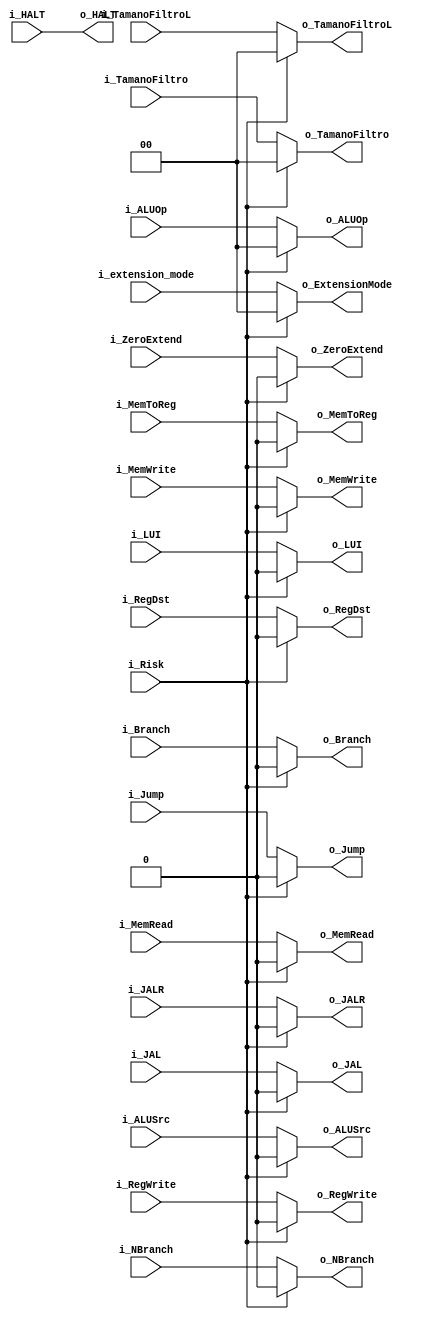
`timescale 1ns / 1ps
module ID_Mux_Unidad_Riesgos
    (
        //Unidad de Riesgos
        input   wire                           i_Risk,
        //Unidad de Control
        input  wire                            i_RegDst,
        input  wire                            i_Jump,
        input  wire                            i_JAL,
        input  wire                            i_Branch,
        input  wire                            i_NBranch,
        input  wire                            i_MemRead,
        input  wire                            i_MemToReg,
        input  wire    [1:0]                   i_ALUOp,
        input  wire                            i_MemWrite,
        input  wire                            i_ALUSrc,
        input  wire                            i_RegWrite,
        input  wire    [1:0]                   i_extension_mode,
        input  wire    [1:0]                   i_TamanoFiltro,
        input  wire    [1:0]                   i_TamanoFiltroL,
        input  wire                            i_ZeroExtend,
        input  wire                            i_LUI,
        input  wire                            i_JALR,
        input  wire                            i_HALT,

        output  wire                            o_RegDst,
        output  wire                            o_Jump,
        output  wire                            o_JAL,
        output  wire                            o_Branch,
        output  wire                            o_NBranch,
        output  wire                            o_MemRead,
        output  wire                            o_MemToReg,
        output  wire    [1:0]                   o_ALUOp,
        output  wire                            o_MemWrite,
        output  wire                            o_ALUSrc ,
        output  wire                            o_RegWrite,
        output  wire    [1:0]                   o_ExtensionMode,
        output  wire    [1:0]                   o_TamanoFiltro,
        output  wire    [1:0]                   o_TamanoFiltroL,
        output  wire                            o_ZeroExtend,
        output  wire                            o_LUI,
        output  wire                            o_JALR,
        output  wire                            o_HALT
    );

        reg                            Reg_RegDst;
        reg                            Reg_Jump;
        reg                            Reg_JAL;
        reg                            Reg_Branch;
        reg                            Reg_NBranch;
        reg                            Reg_MemRead;
        reg                            Reg_MemToReg;
        reg    [1:0]                   Reg_ALUOp;
        reg                            Reg_MemWrite;
        reg                            Reg_ALUSrc;
        reg                            Reg_RegWrite;
        reg    [1:0]                   Reg_ExtensionMode;
        reg    [1:0]                   Reg_TamanoFiltro;
        reg    [1:0]                   Reg_TamanoFiltroL;
        reg                            Reg_ZeroExtend;
        reg                            Reg_LUI;
        reg                            Reg_JALR;


        always @(*)
        begin
            if(i_Risk)
                begin
                    Reg_RegDst            <=      1'b0    ;
                    Reg_Jump              <=      1'b0    ;
                    Reg_JAL               <=      1'b0    ;
                    Reg_Branch            <=      1'b0    ;
                    Reg_NBranch           <=      1'b0    ;
                    Reg_MemRead           <=      1'b0    ;
                    Reg_MemToReg          <=      1'b0    ;
                    Reg_ALUOp             <=      1'b0    ;
                    Reg_MemWrite          <=      1'b0    ;
                    Reg_ALUSrc            <=      1'b0    ;
                    Reg_RegWrite          <=      1'b0    ;
                    Reg_ExtensionMode     <=      1'b0    ;
                    Reg_TamanoFiltro      <=      1'b0    ;
                    Reg_TamanoFiltroL     <=      1'b0    ;
                    Reg_ZeroExtend        <=      1'b0    ;
                    Reg_LUI               <=      1'b0    ;
                    Reg_JALR              <=      1'b0    ;
                end
            else
                begin
                    Reg_RegDst            <=      i_RegDst          ;
                    Reg_Jump              <=      i_Jump            ;
                    Reg_JAL               <=      i_JAL             ;
                    Reg_Branch            <=      i_Branch          ;
                    Reg_NBranch           <=      i_NBranch         ;
                    Reg_MemRead           <=      i_MemRead         ;
                    Reg_MemToReg          <=      i_MemToReg        ;
                    Reg_ALUOp             <=      i_ALUOp           ;
                    Reg_MemWrite          <=      i_MemWrite        ;
                    Reg_ALUSrc            <=      i_ALUSrc          ;
                    Reg_RegWrite          <=      i_RegWrite        ;
                    Reg_ExtensionMode     <=      i_extension_mode   ;
                    Reg_TamanoFiltro      <=      i_TamanoFiltro    ;
                    Reg_TamanoFiltroL     <=      i_TamanoFiltroL   ;
                    Reg_ZeroExtend        <=      i_ZeroExtend      ;
                    Reg_LUI               <=      i_LUI             ;
                    Reg_JALR              <=      i_JALR            ;
                end
          end
          
        assign o_RegDst         = Reg_RegDst;
        assign o_Jump           = Reg_Jump;
        assign o_JAL            = Reg_JAL;
        assign o_Branch         = Reg_Branch;
        assign o_NBranch        = Reg_NBranch;
        assign o_MemRead        = Reg_MemRead;
        assign o_MemToReg       = Reg_MemToReg;
        assign o_ALUOp          = Reg_ALUOp;
        assign o_MemWrite       = Reg_MemWrite;
        assign o_ALUSrc         = Reg_ALUSrc;
        assign o_RegWrite       = Reg_RegWrite;
        assign o_ExtensionMode  = Reg_ExtensionMode;
        assign o_TamanoFiltro   = Reg_TamanoFiltro;
        assign o_TamanoFiltroL  = Reg_TamanoFiltroL;
        assign o_ZeroExtend     = Reg_ZeroExtend;
        assign o_LUI            = Reg_LUI;
        assign o_JALR           = Reg_JALR;
        assign o_HALT           = i_HALT;
endmodule